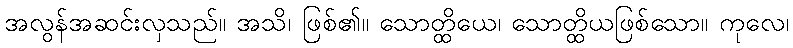
အလွန်အဆင်းလှသည်။ အသိ၊ ဖြစ်၏။ သောတ္ထိယေ၊ သောတ္ထိယဖြစ်သော။ ကုလေ၊